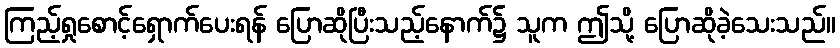
ကြည့်ရှုစောင့်ရှောက်ပေးရန် ပြောဆိုပြီးသည့်နောက်၌ သူက ဤသို့ ပြောဆိုခဲ့သေးသည်။